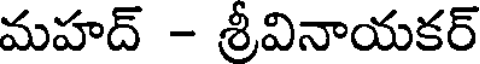
మహద్ - శ్రీవినాయకర్